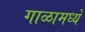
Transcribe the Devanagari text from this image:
गाळामध्ये